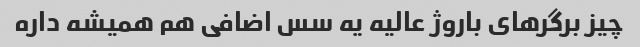
چیز برگرهای باروژ عالیه یه سس اضافی هم همیشه داره